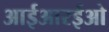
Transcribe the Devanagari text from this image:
आईआरईओ